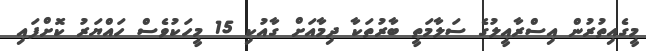
މީގެއިތުރުން އިސްރާއީލުގެ ސަލާމަތީ ބާރުތަކާ ދިމާއަށް ގާއުކި 15 މީހަކުވެސް ހައްޔަރު ކޮށްފައި